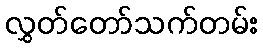
လွှတ်တော်သက်တမ်း